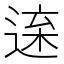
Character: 𨓫